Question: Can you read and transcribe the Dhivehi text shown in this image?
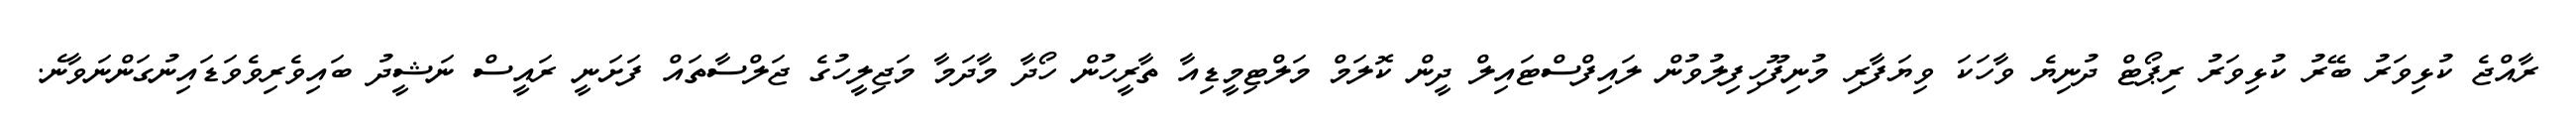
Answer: ރާއްޖެ ކުޅިވަރު ބޭރު ކުޅިވަރު ރިޕޯޓް ދުނިޔެ ވާހަކަ ވިޔަފާރި މުނިފޫހިފިލުވުން ލައިފްސްޓައިލް ދީން ކޮލަމް މަލްޓިމީޑިއާ ތާރީހުން ހޯދާ މާދަމާ މަޖިލީހުގެ ޖަލްސާތައް ފަށަނީ ރައީސް ނަޝީދު ބައިވެރިވެވަޑައިނުގަންނަވާނެ.